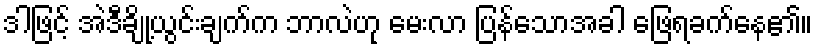
ဒါဖြင့် အဲဒီချို့ယွင်းချက်က ဘာလဲဟု မေးလာ ပြန်သောအခါ ဖြေရခက်နေ၏။